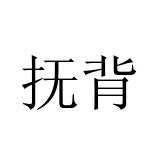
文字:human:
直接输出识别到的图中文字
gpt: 抚背